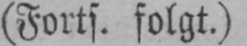
(Forts. folgt.)